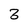
Character: 3